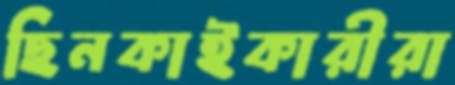
ছিনকাইকারীরা